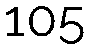
105